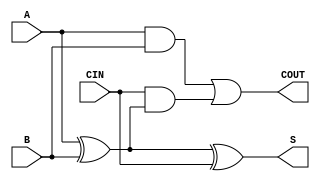
`timescale 1ns / 1ps
//////////////////////////////////////////////////////////////////////////////////
// Company: 
// Engineer: 
// 
// Design Name: 
// Module Name: one_bit_full_adder
// Project Name: 
// Target Devices: 
// Tool Versions: 
// Description: 
// 
// Dependencies: 
// 
// Revision:
// Revision 0.01 - File Created
// Additional Comments:
// 
//////////////////////////////////////////////////////////////////////////////////


module one_bit_full_adder(
    input A,
    input B,
    input CIN,
    output S,
    output COUT
    );
    
    assign S = A ^ B ^ CIN;
    assign COUT = (A & B) | (CIN & (A ^ B));  
endmodule